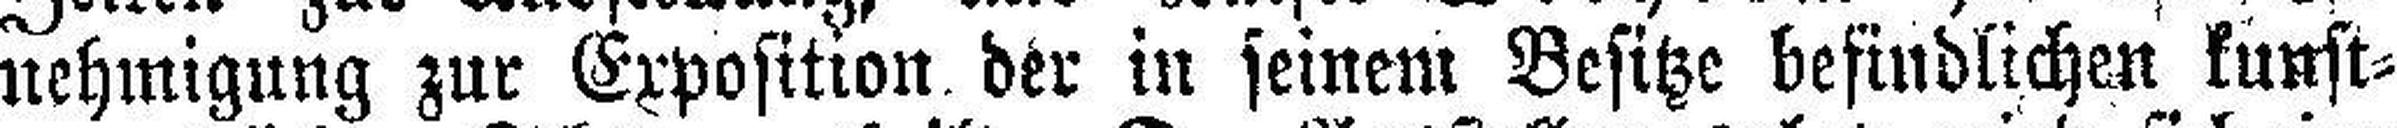
nehmigung zur Expositron der in seinem Besitze befindlichen kunst¬